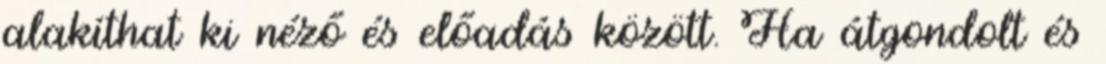
alakíthat ki néző és előadás között. Ha átgondolt és